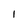
Character: l